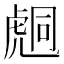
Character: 𧇌